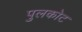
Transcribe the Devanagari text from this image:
पुलकोट